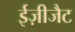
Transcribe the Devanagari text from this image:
ईज़ीजैट